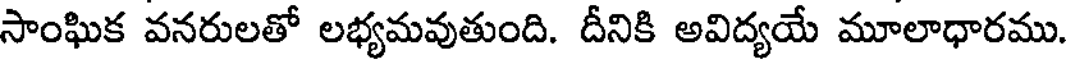
సాంఘిక వనరులతో లభ్యమవుతుంది. దీనికి అవిద్యయే మూలాధారము.